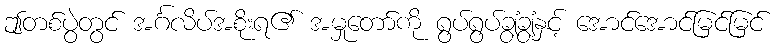
ဤတစ်ပွဲတွင် အင်္ဂလိပ်အစိုးရ၏ အမှုတော်ကို ရွပ်ရွပ်ချွံချွံနှင့် အောင်အောင်မြင်မြင်